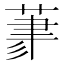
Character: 𦳳